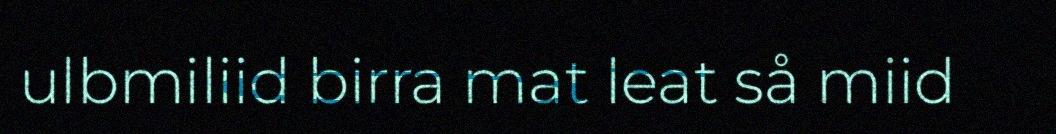
ulbmiliid birra mat leat så miid